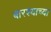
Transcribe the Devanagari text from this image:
बारश्याच्या